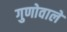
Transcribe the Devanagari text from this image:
गुणोवाले